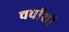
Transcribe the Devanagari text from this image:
चर्चांशी